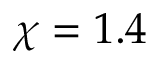
\chi = 1 . 4